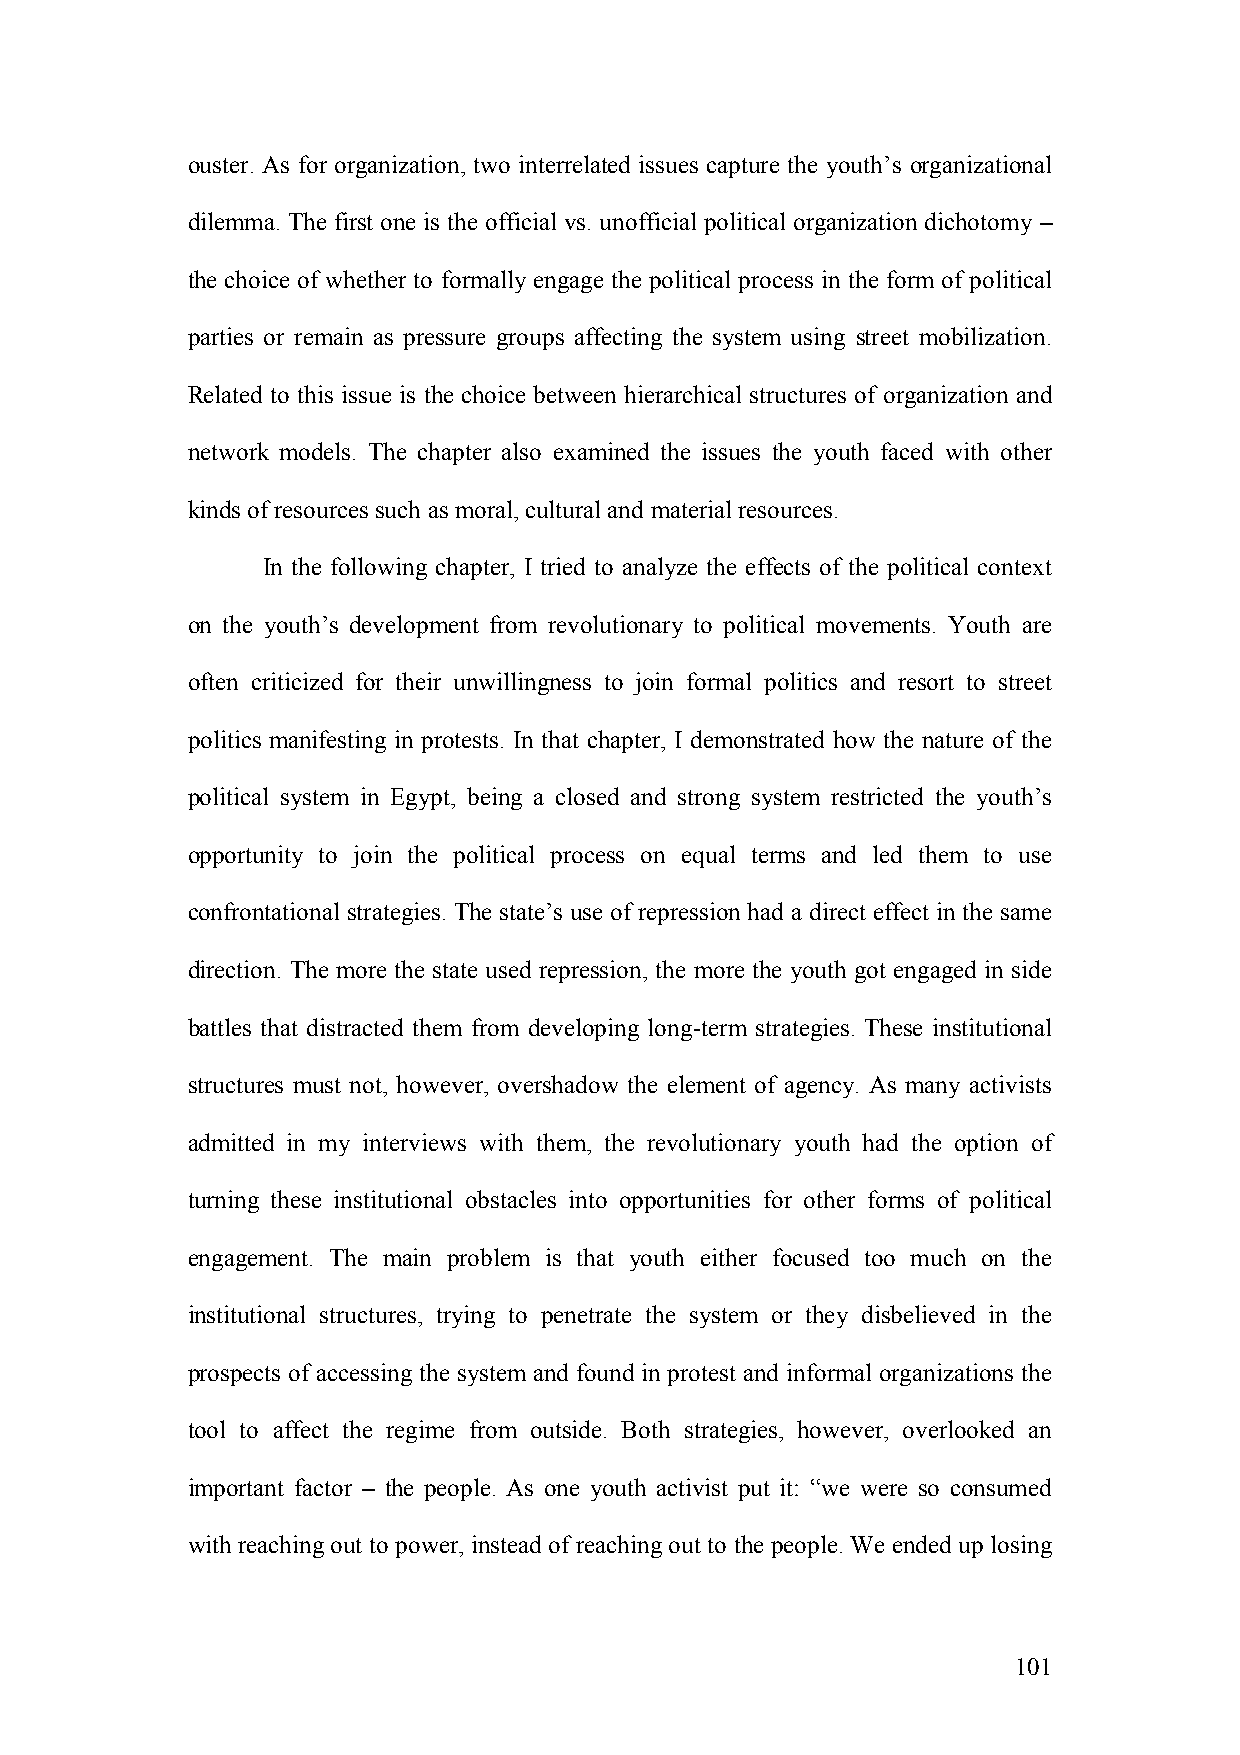
ouster. As for organization, two interrelated issues capture the youth’s organizational
 dilemma. The first one is the official vs. unofficial political organization dichotomy –
 the choice of whether to formally engage the political process in the form of political
 parties or remain as pressure groups affecting the system using street mobilization.
 Related to this issue is the choice between hierarchical structures of organization and
 network models. The chapter also examined the issues the youth faced with other
 kinds of resources such as moral, cultural and material resources.
 In the following chapter, I tried to analyze the effects of the political context
 on the youth’s development from revolutionary to political movements. Youth are
 often criticized for their unwillingness to join formal politics and resort to street
 politics manifesting in protests. In that chapter, I demonstrated how the nature of the
 political system in Egypt, being a closed and strong system restricted the youth’s
 opportunity to join the political process on equal terms and led them to use
 confrontational strategies. The state’s use of repression had a direct effect in the same
 direction. The more the state used repression, the more the youth got engaged in side
 battles that distracted them from developing long-term strategies. These institutional
 structures must not, however, overshadow the element of agency. As many activists
 admitted in my interviews with them, the revolutionary youth had the option of
 turning these institutional obstacles into opportunities for other forms of political
 engagement. The main problem is that youth either focused too much on the
 institutional structures, trying to penetrate the system or they disbelieved in the
 prospects of accessing the system and found in protest and informal organizations the
 tool to affect the regime from outside. Both strategies, however, overlooked an
 important factor – the people. As one youth activist put it: “we were so consumed
 with reaching out to power, instead of reaching out to the people. We ended up losing
 101